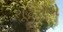
શૂટરોએ